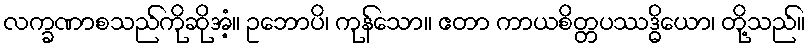
လက္ခဏာစသည်ကိုဆိုအံ့။ ဥဘောပိ၊ ကုန်သော။ ဧတာ ကာယစိတ္တပဿဒ္ဓိယော၊ တို့သည်။